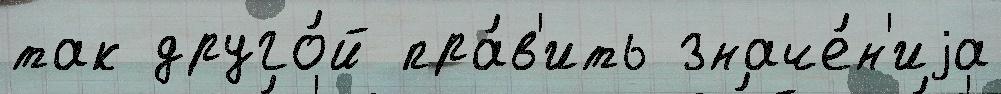
так друго́й пра́в'ить значе́н'иjа